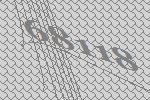
68118